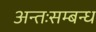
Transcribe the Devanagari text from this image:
अन्तःसम्बन्ध